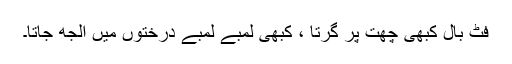
فٹ بال کبھی چھت پر گرتا ، کبھی لمبے لمبے درختوں میں الجھ جاتا۔